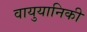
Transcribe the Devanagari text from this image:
वायुयानिकी